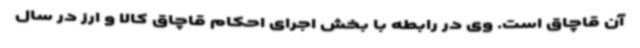
آن قاچاق است. وی در رابطه با بخش اجرای احکام قاچاق کالا و ارز در سال